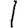
Digit: 1